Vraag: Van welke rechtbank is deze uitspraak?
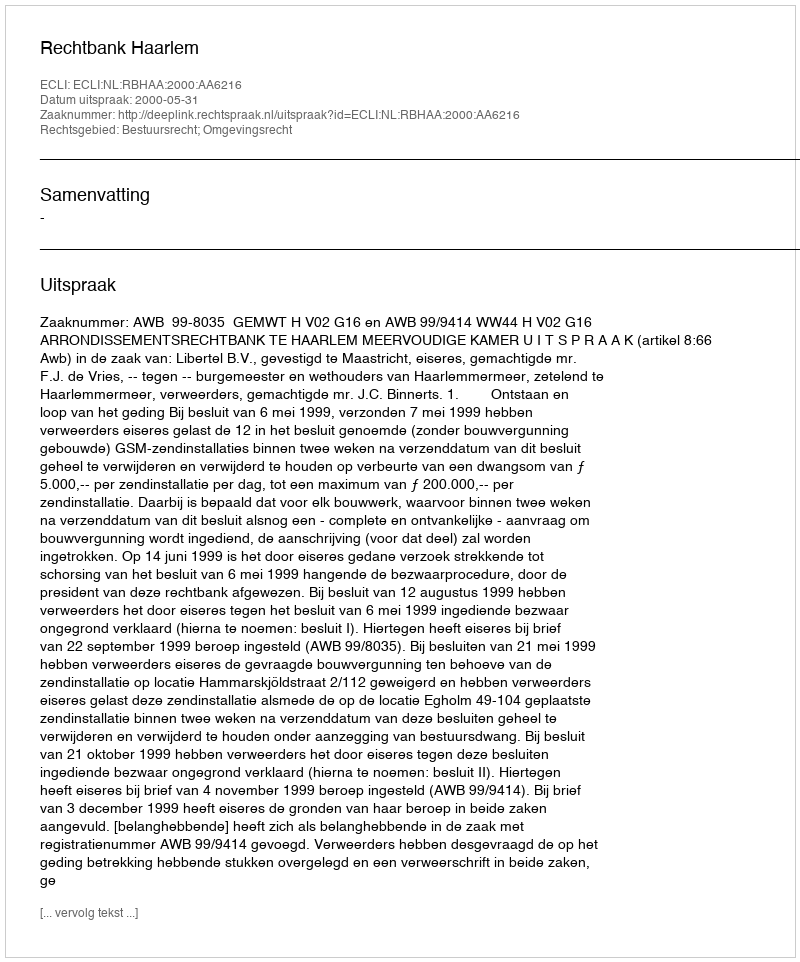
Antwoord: Rechtbank Haarlem